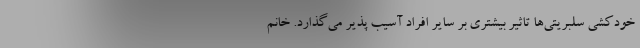
خودکشی سلبریتی‌ها تاثیر بیشتری بر سایر افراد آسیب پذیر می‌گذارد. خانم